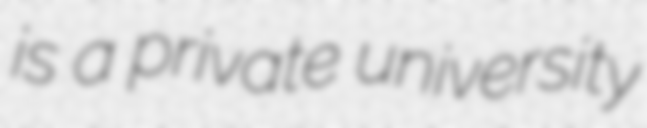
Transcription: is a private university